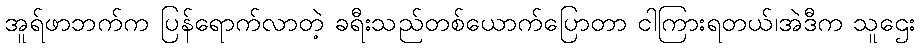
အူရ်ဖာဘက်က ပြန်ရောက်လာတဲ့ ခရီးသည်တစ်ယောက်ပြောတာ ငါကြားရတယ်၊အဲဒီက သူဌေး